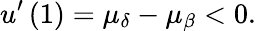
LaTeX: u^{\prime}\left(1\right)=\mu_{\delta}-\mu_{\beta}<0.